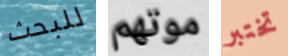
للبحث موتهم تختبر